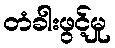
တံခါးဖွင့်မှု